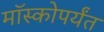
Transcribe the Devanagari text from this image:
मॉस्कोपर्यंत